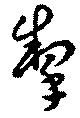
掣